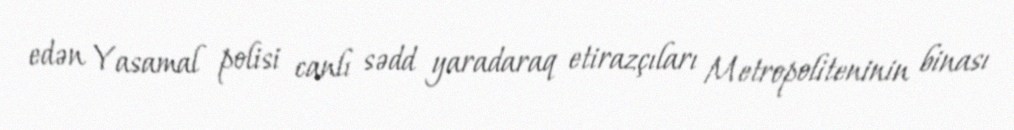
edən Yasamal polisi canlı sədd yaradaraq etirazçıları Metropoliteninin binası